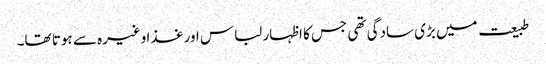
طبیعت میں بڑی سادگی تھی جس کا اظہار لباس اور غذا وغیرہ سے ہوتا تھا۔